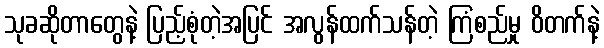
သုခဆိုတာတွေနဲ့ ပြည့်စုံတဲ့အပြင် အလွန်ထက်သန်တဲ့ ကြံစည်မှု ဝိတက်နဲ့